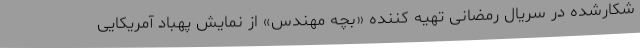
شکارشده در سریال رمضانی تهیه کننده «بچه مهندس» از نمایش پهباد آمریکایی